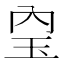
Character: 𤣼